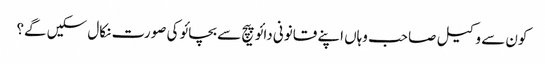
کون سے وکیل صاحب وہاں اپنے قانونی دائو پیچ سے بچائو کی صورت نکال سکیں گے؟